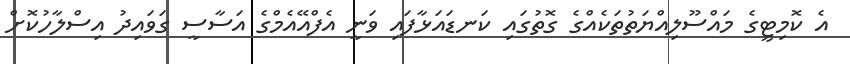
އެ ކޮމިޓީގެ މައްސޫލިއްޔަތުތަކެއްގެ ގޮތުގައި ކަނޑައަޅާފައި ވަނީ އެފްއޭއެމްގެ އަސާސީ ގަވައިދު އިސްލާހުކޮށް